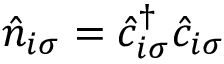
\hat { n } _ { i \sigma } = \hat { c } _ { i \sigma } ^ { \dagger } \hat { c } _ { i \sigma }